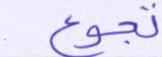
تجوع